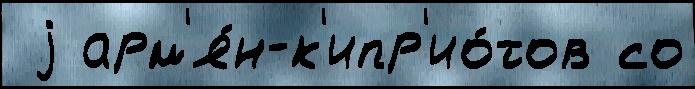
 j арм'я́н-к'ипр'ио́тов со